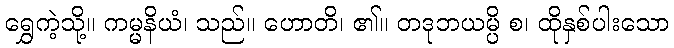
ရွှေကဲ့သို့။ ကမ္မနိယံ၊ သည်။ ဟောတိ၊ ၏။ တဒုဘယမ္ပိ စ၊ ထိုနှစ်ပါးသော